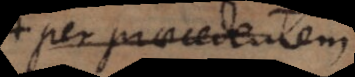
per praecedentia.